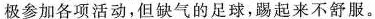
极参加各项活动，但缺气的足球，踢起来不舒服。